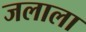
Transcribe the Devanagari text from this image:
जलाला